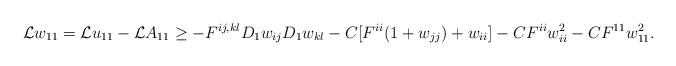
LaTeX: \begin{align*} \mathcal {L}w_{11} = \mathcal {L}u_{11}-\mathcal {L}A_{11} \geq -F^{ij,kl}D_1w_{ij}D_1w_{kl} - C[F^{ii}(1+w_{jj})+w_{ii}]-CF^{ii}w^2_{ii}-CF^{11}w^2_{11}. \end{align*}